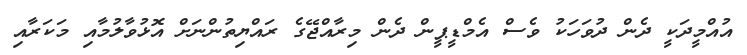
އުއްމީދަކީ ދެން ދުވަހަކު ވެސް އެމްޑީޕީން ދެން މިރާއްޖޭގެ ރައްޔިތުންނަށް އޮޅުވާލުމާއި މަކަރާއި